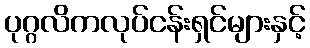
ပုဂ္ဂလိကလုပ်ငန်းရှင်များနှင့်